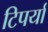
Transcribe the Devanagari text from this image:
टिपर्या